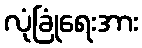
လုံခြုံရေးအား